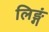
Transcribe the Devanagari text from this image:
लिङ्गं